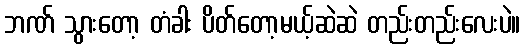
ဘဏ် သွားတော့ တံခါး ပိတ်တော့မယ့်ဆဲဆဲ တည်းတည်းလေးပဲ။